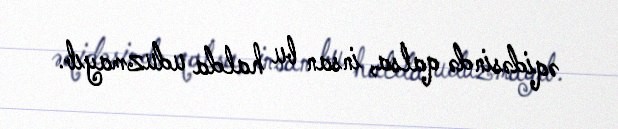
əqidəsində qalsa, insan bu halda uduzmayıb.